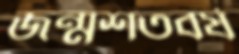
জন্মশতবর্ষ